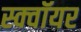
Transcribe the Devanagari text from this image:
स्क्वॉयर